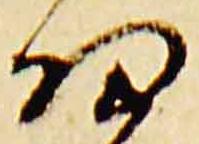
細